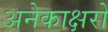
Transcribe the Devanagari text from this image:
अनेकाक्षरों